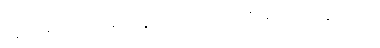
သူတို့ မျက်လုံးများတွင် အကြည့်တစ်မျိုး ပေါ်နေသည်။